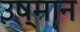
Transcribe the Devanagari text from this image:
उष्मान